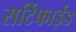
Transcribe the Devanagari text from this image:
सर्टिफाईड